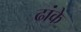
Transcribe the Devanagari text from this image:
ढांके